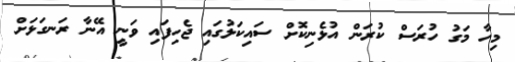
މިހާ މަގު ހުރަސް ކުރަން އުޅެނިކޮށް ސައިކަލުގައި ޖެހިފައި ވަނީ އޭނާ ރަނގަޅަށް